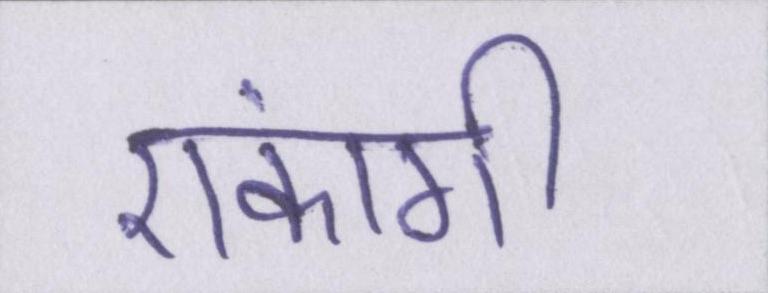
एकांगी